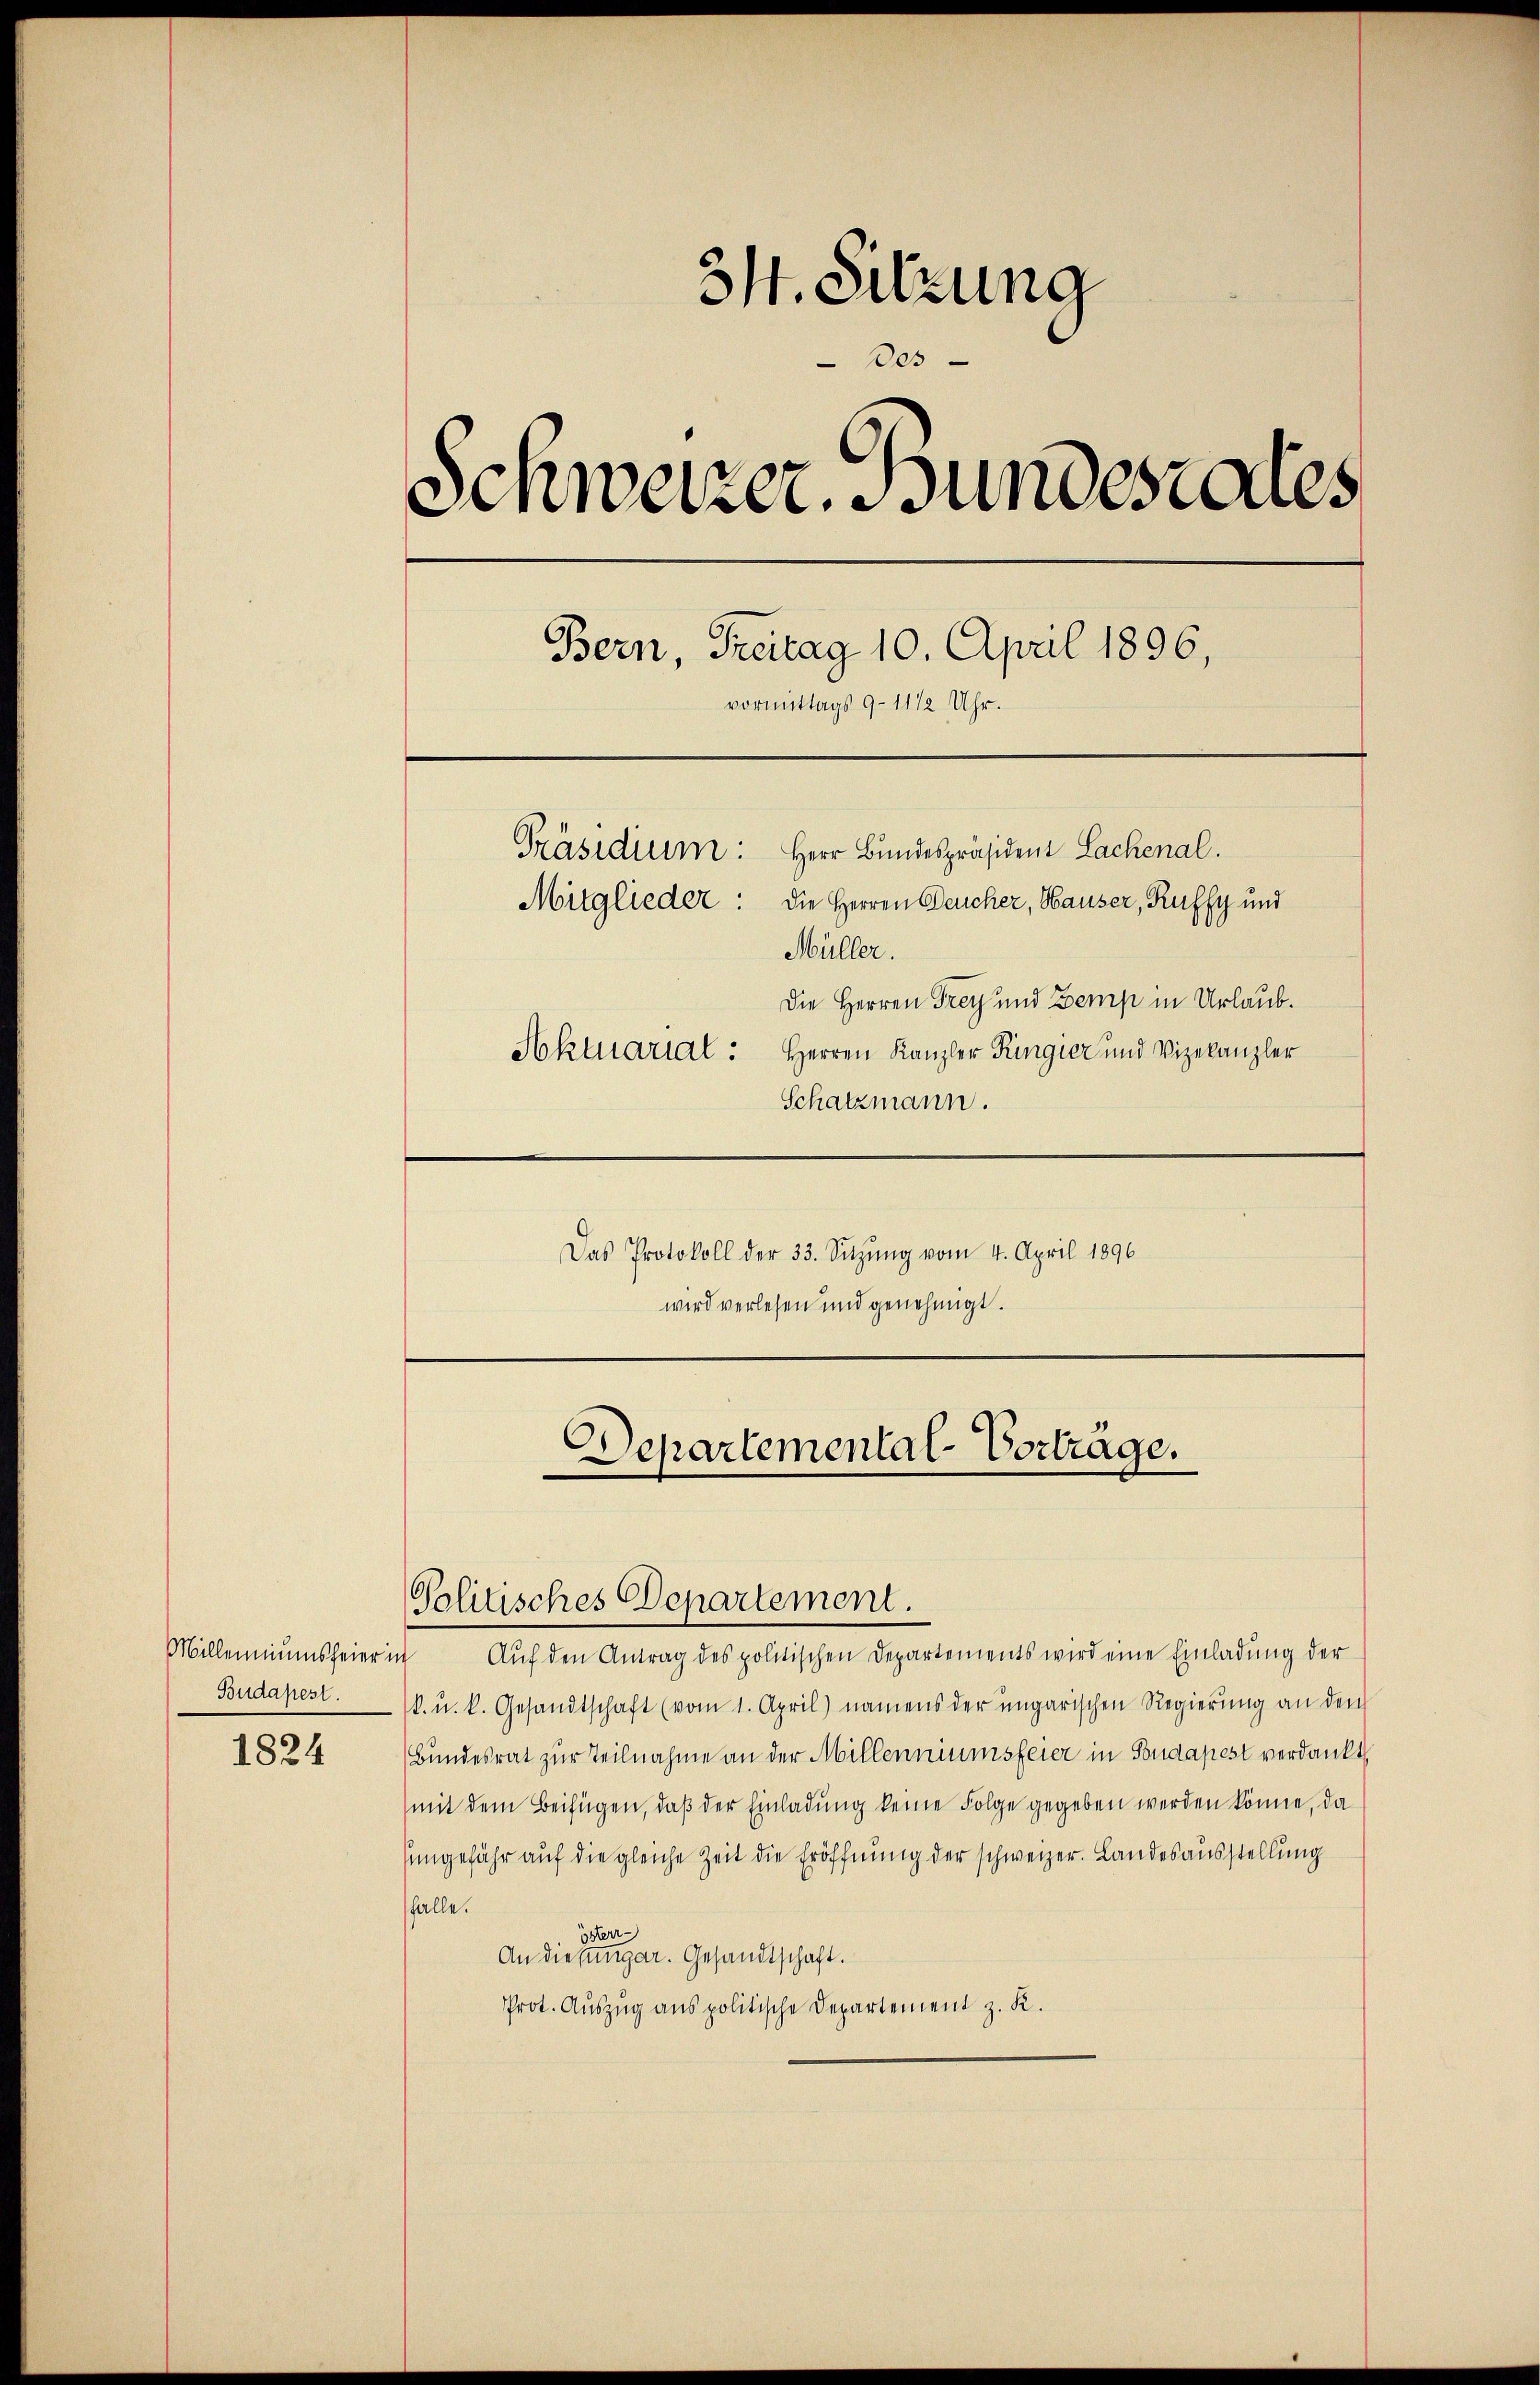
Millenniumsfeier ich
Budapest.

1824

31. Sitzung
des
Schweizer. Bundesrates
Bern, Treitag 10. April 1896,
vormittags 9-11/2 Uhr.
Präsidium: Herr Bundespräsident Lachenal.
Mitglieder: die Herren Deucher, Hauser, Ruffy und
Müller.
Die Herren Frey und Zemp in Urlaub.
Aktuarial: Herren Kanzler Ringier und Vizekanzler
Schatzmann.

Das Protokoll der 33. Sitzŭng vom 4. April 1896
wird verlesen und genehmigt.

Departemental-Vortrage.
Politisches Departement.

Aŭf den Antrag des politischen Departements wird eine Einladung der
k. u. k. Gesandtschaft (vom 1. April) namens der ungarischen Regierung an den
Bundesrat zur Teilnahme an der Millenniumsfeier in Fondapest verdankt
mit dem Beifügen, daß der Einladung keine Folge gegeben werden könne, da
singefähr auf die gleiche Zeit die Eröffnung der schweizer. Landesausstellung
falle.
österr
An diesengar. Gesandtschaft.
Prot. Auszug aus politische Departement z. K.